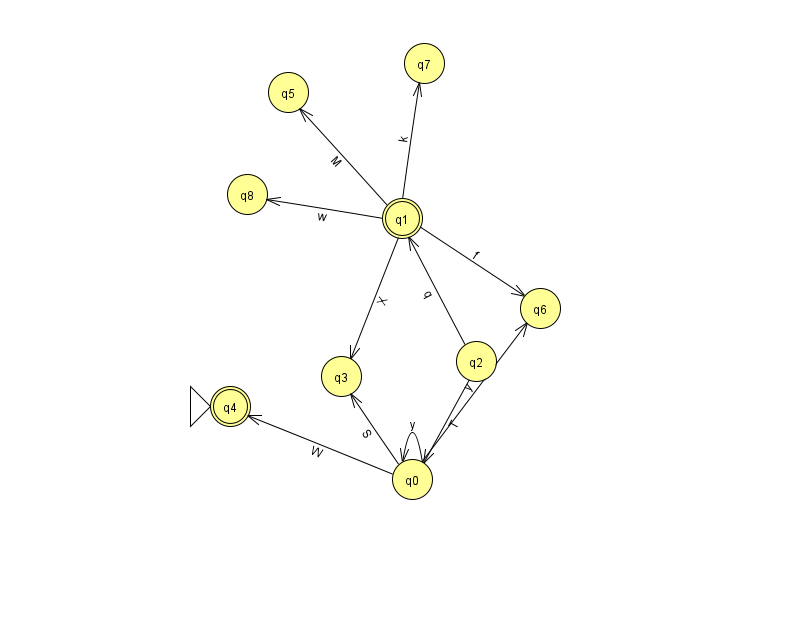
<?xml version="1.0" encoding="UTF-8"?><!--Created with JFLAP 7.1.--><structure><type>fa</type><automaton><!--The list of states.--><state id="0" name="q0"><x>412.0</x><y>466.0</y></state><state id="1" name="q1"><x>402.0</x><y>205.0</y><final/></state><state id="2" name="q2"><x>476.0</x><y>348.0</y></state><state id="3" name="q3"><x>341.0</x><y>363.0</y></state><state id="4" name="q4"><x>230.0</x><y>393.0</y><initial/><final/></state><state id="5" name="q5"><x>288.0</x><y>79.0</y></state><state id="6" name="q6"><x>540.0</x><y>295.0</y></state><state id="7" name="q7"><x>424.0</x><y>50.0</y></state><state id="8" name="q8"><x>247.0</x><y>181.0</y></state><!--The list of transitions.--><transition><from>2</from><to>1</to><read>q</read></transition><transition><from>0</from><to>4</to><read>W</read></transition><transition><from>1</from><to>3</to><read>X</read></transition><transition><from>1</from><to>6</to><read>f</read></transition><transition><from>1</from><to>7</to><read>k</read></transition><transition><from>2</from><to>0</to><read>T</read></transition><transition><from>1</from><to>5</to><read>M</read></transition><transition><from>0</from><to>0</to><read>y</read></transition><transition><from>0</from><to>6</to><read>y</read></transition><transition><from>0</from><to>3</to><read>S</read></transition><transition><from>1</from><to>8</to><read>w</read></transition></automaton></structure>